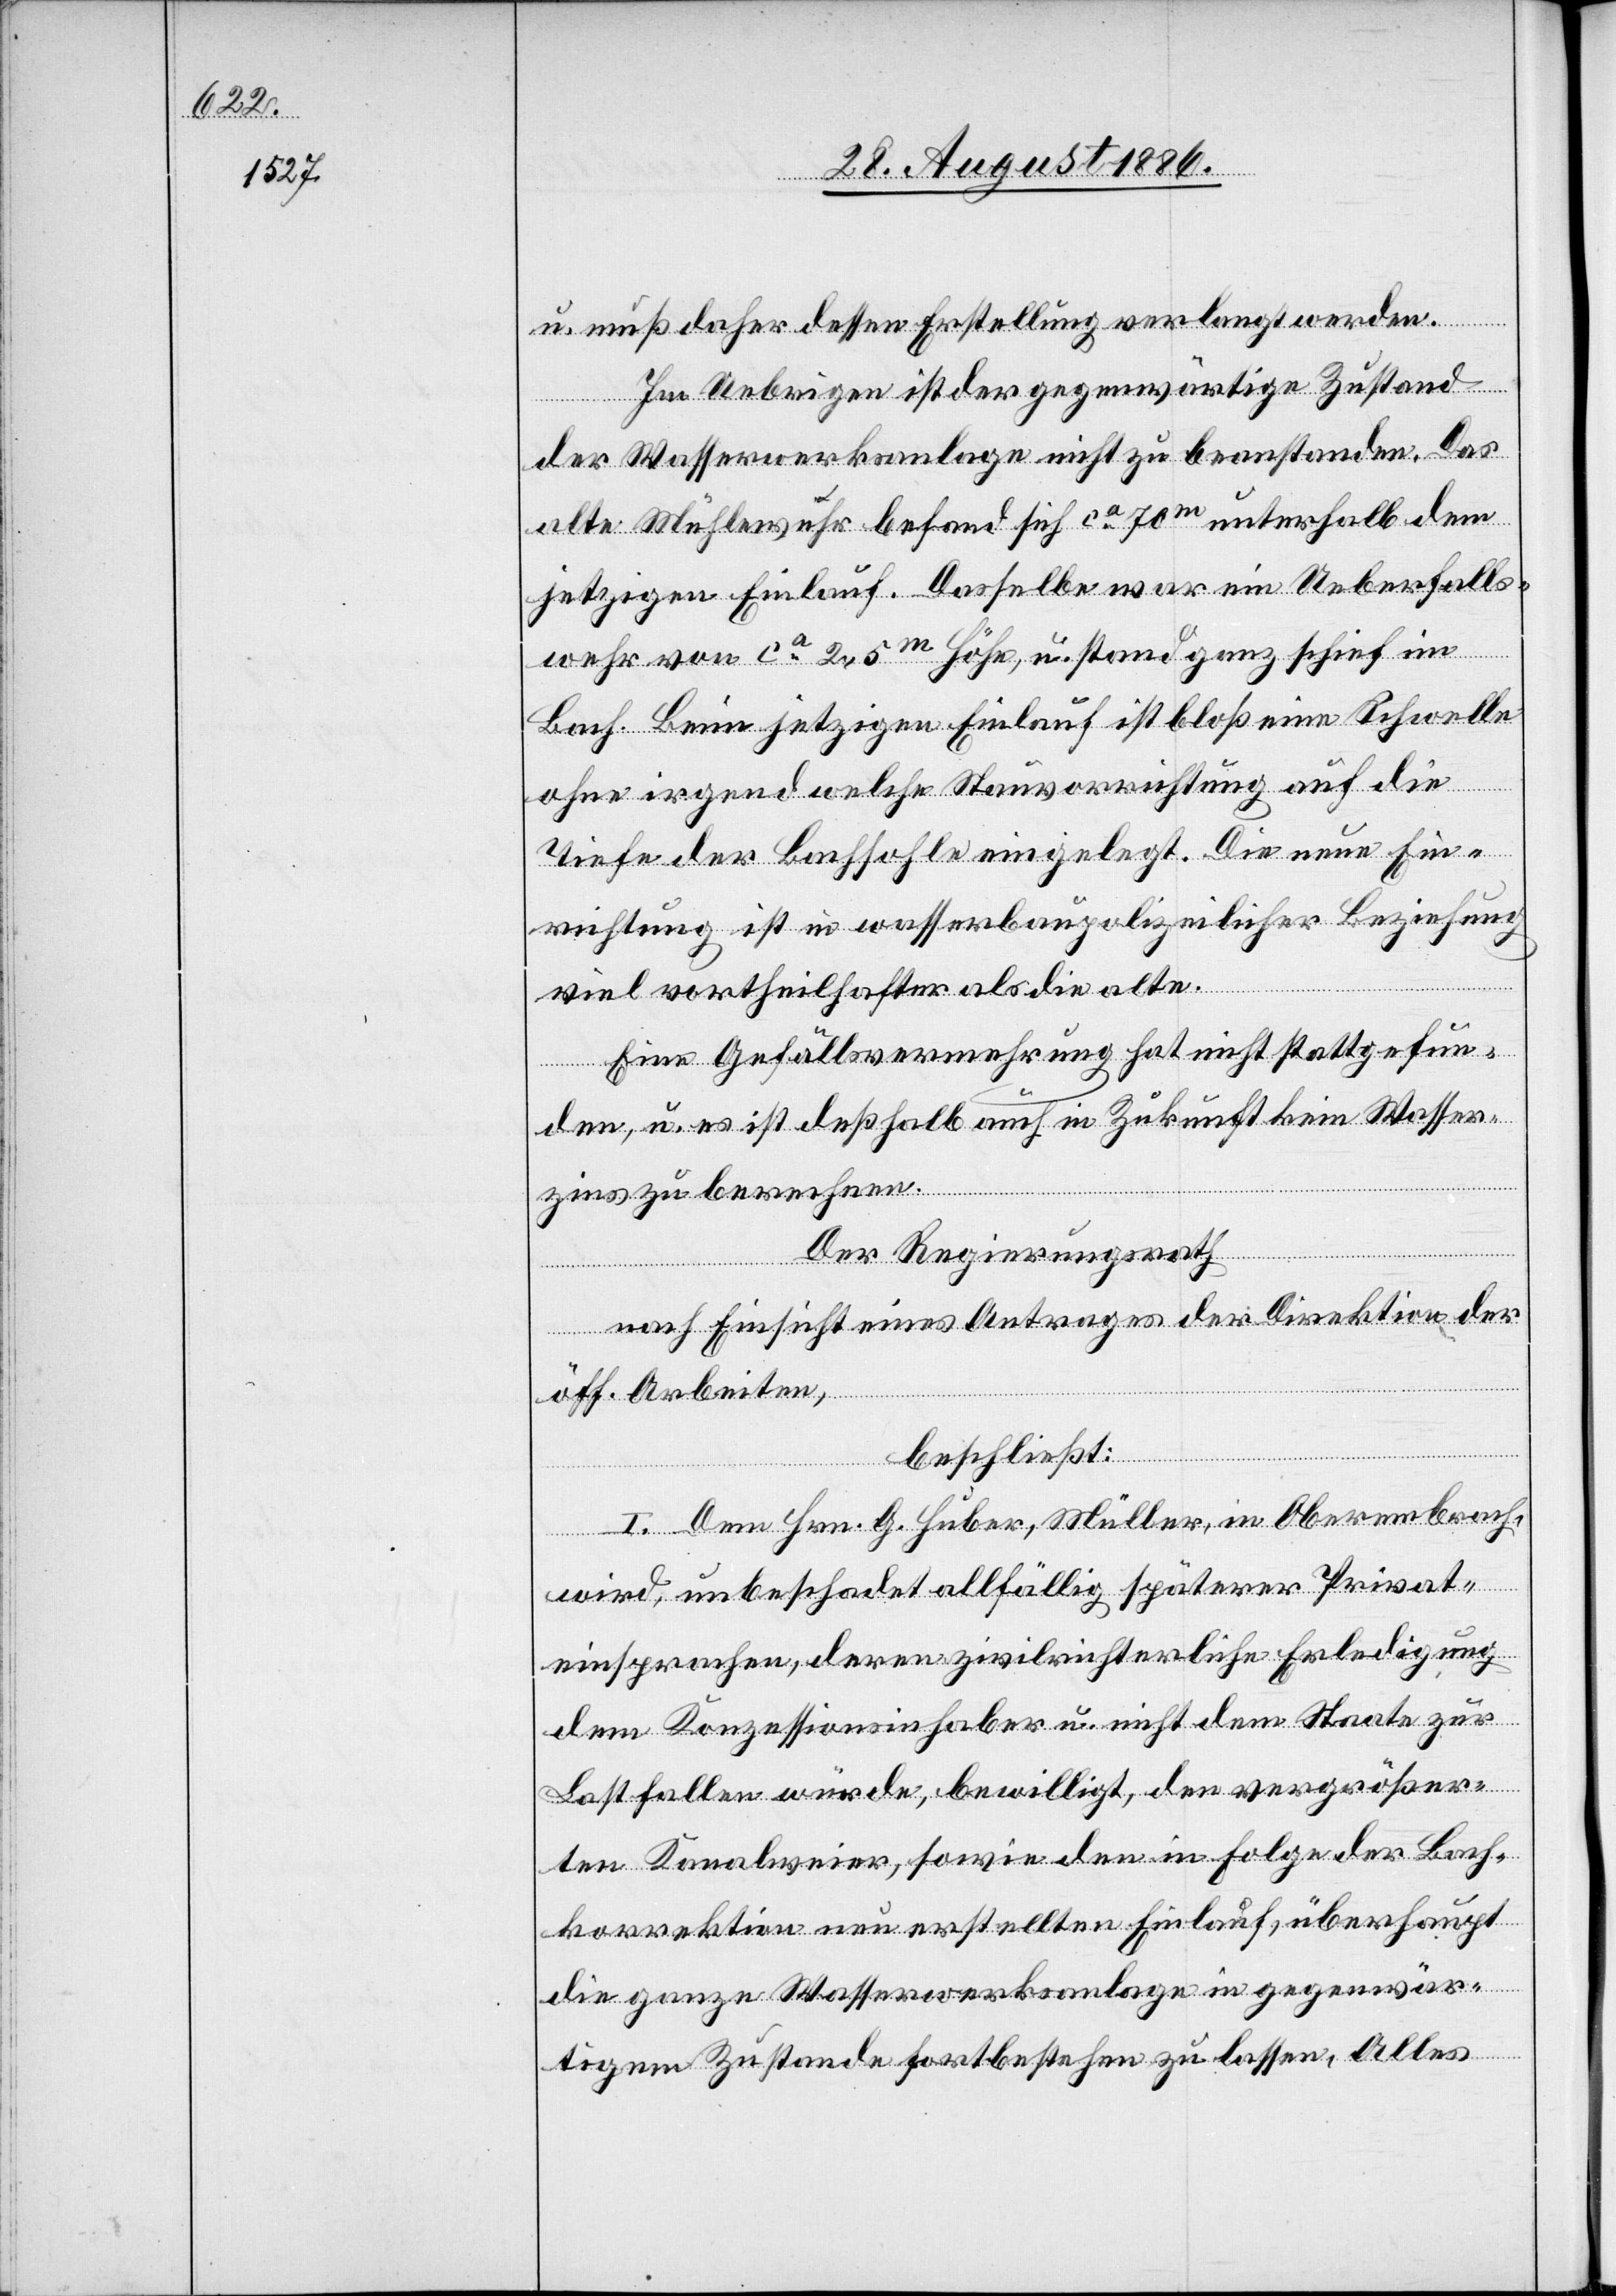
u. muß daher dessen Erstellung verlangt werden.
Im Uebrigen ist der gegenwärtige Zustand
der Wasserwerksanlage nicht zu beanstanden. Das
alte Mühlewehr befand sich ca 70m unterhalb dem
jetzigen Einlauf. Dasselbe war ein Ueberfalls¬
wehr von ca 2,5m Höhe, u. stand ganz schief im
Bach. Beim jetzigen Einlauf ist bloß eine Schwelle
ohne irgend welche Stauvorrichtung auf die
Tiefe der Bachsohle eingelegt. Die neue Ein¬
richtung ist in wasserbaupolizeilicher Beziehung
viel vortheilhafter als die alte.
Eine Gefällsvermehrung hat nicht stattgefun¬
den, u. es ist deßhalb auch in Zukunft kein Wasser¬
zins zu berechnen.
Der Regierungsrath,
nach Einsicht eines Antrages der Direktion der
öff. Arbeiten,
beschließt:
I. Dem Hrn. G. Huber, Müller, in Oberembrach,
wird, unbeschadet allfällig späterer Privat¬
einsprachen, deren zivilrichterliche Erledigung
dem Konzessionsinhaber u. nicht dem Staate zur
Last fallen würde, bewilligt, den vergrößer¬
ten Kanalweier, sowie den in Folge der Bach¬
korrektion neu erstellten Einlauf, überhaupt
die ganze Wasserwerksanlage in gegenwär¬
tigem Zustand fortbestehen zu lassen, Alles